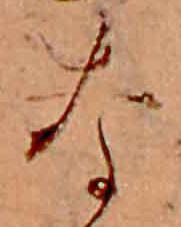
な